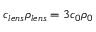
c _ { l e n s } \rho _ { l e n s } = 3 c _ { 0 } \rho _ { 0 }